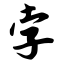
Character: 孛